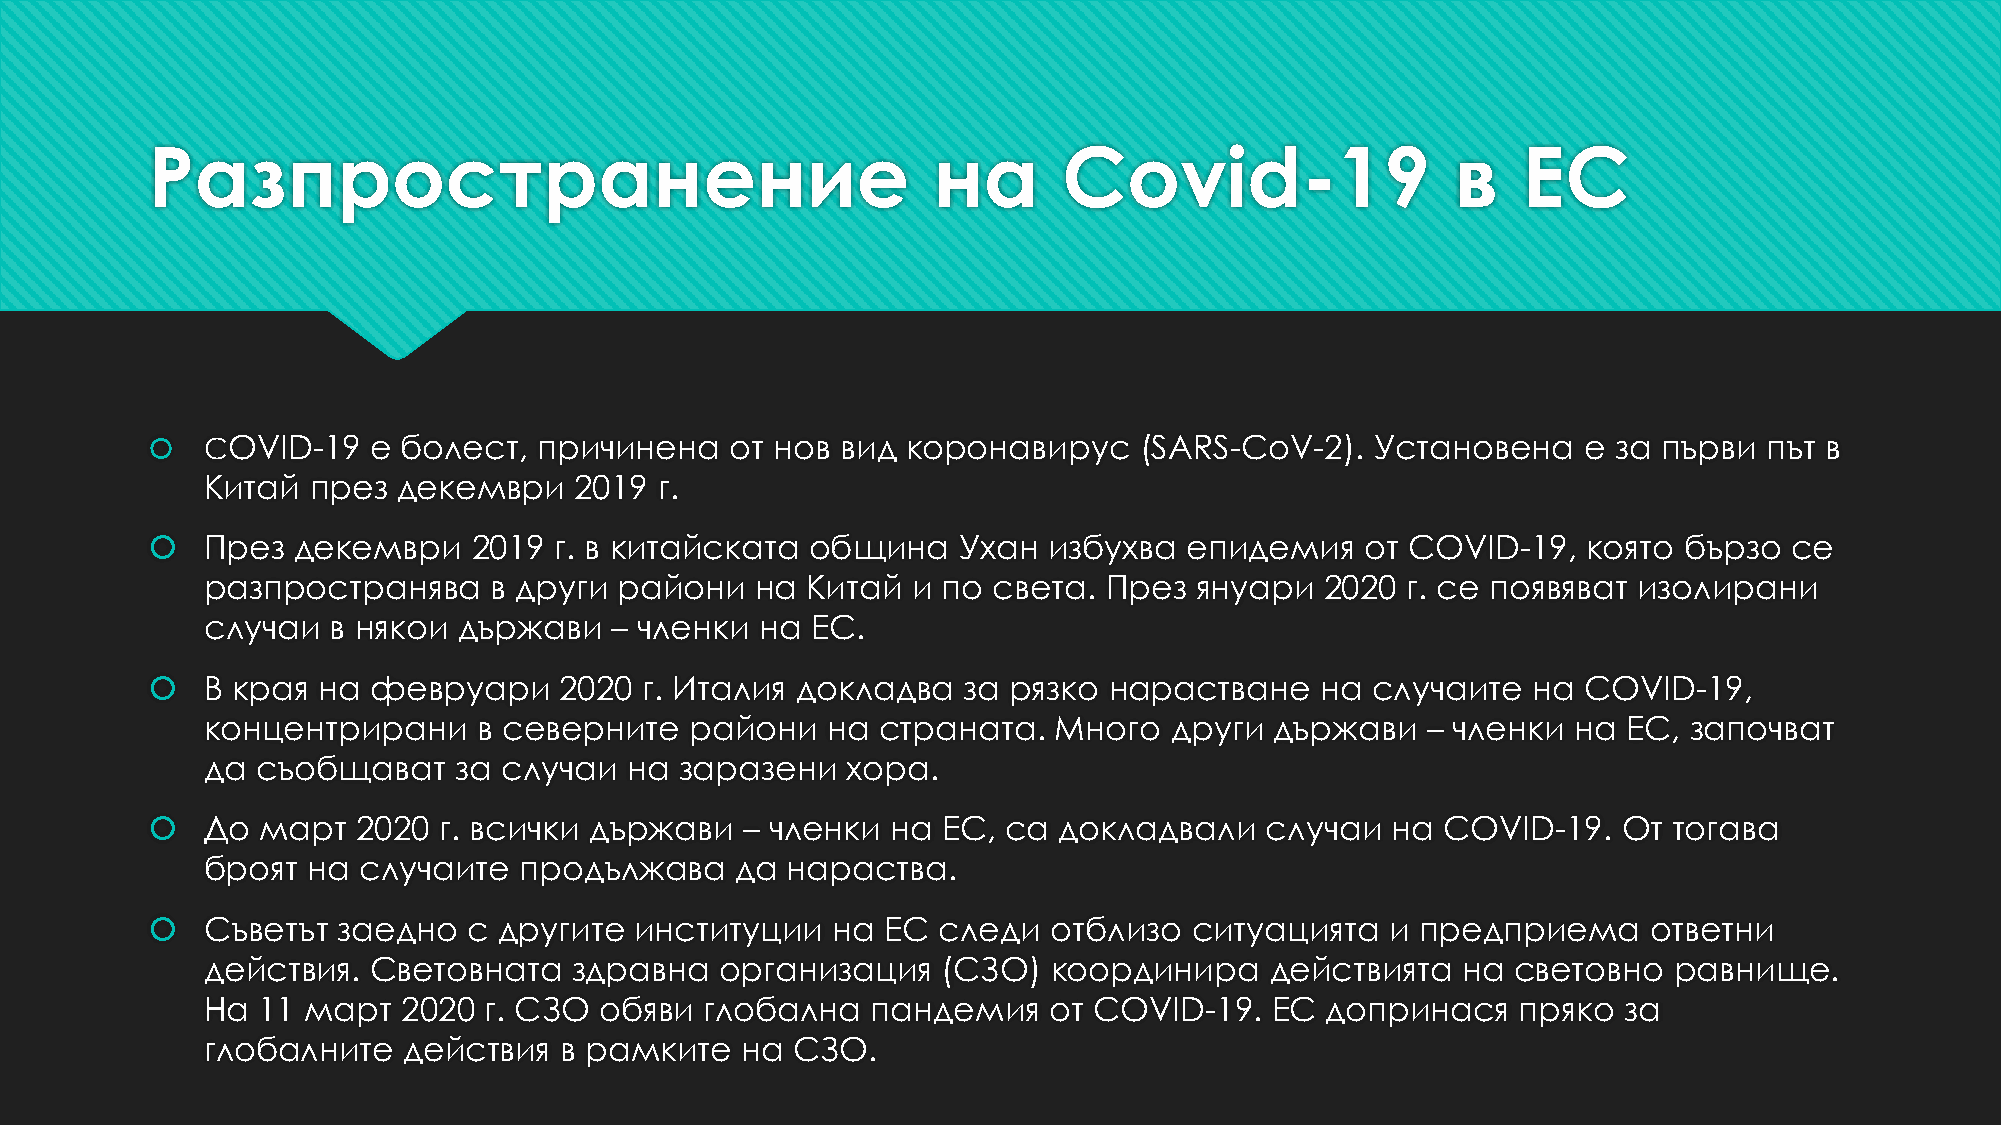
Разпространение                                     на      Covid-19                  в    ЕС
    COVID-19  е болест,   причинена   от нов  вид коронавирус    (SARS-CoV-2).   Установена    е за първи  път в
 Китай през  декември    2019  г.
    През декември    2019  г. в китайската  община   Ухан  избухва   епидемия   от COVID-19,   която бързо   се
 разпространява    в други  райони   на Китай  и по  света. През  януари   2020 г. се появяват изолирани
 случаи  в някои държави   – членки  на  ЕС.
    В края на  февруари    2020  г. Италия докладва   за рязко нарастване    на  случаите  на  COVID-19,
 концентрирани     в северните   райони   на страната.   Много  други  държави   – членки  на  ЕС, започват
 да съобщават    за случаи  на  заразени   хора.
    До март   2020 г. всички държави   – членки  на ЕС,  са докладвали    случаи  на COVID-19.   От  тогава
 броят на  случаите  продължава     да нараства.
    Съветът заедно   с другите  институции   на  ЕС следи   отблизо  ситуацията   и предприема     ответни
 действия. Световната    здравна   организация   (СЗО)   координира    действията   на световно   равнище.
 На 11 март   2020 г. СЗО  обяви  глобална   пандемия   от COVID-19.   ЕС  допринася    пряко  за
 глобалните   действия  в рамките   на СЗО.